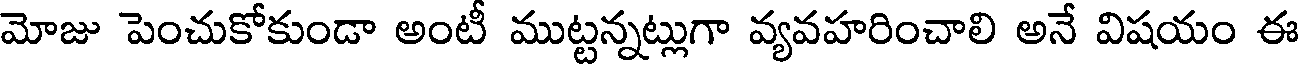
మోజు పెంచుకోకుండా అంటీ ముట్టన్నట్లుగా వ్యవహరించాలి అనే విషయం ఈ